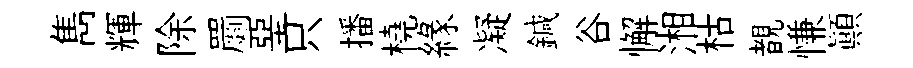
雋輝除罽堊只播橈緣凝鍼谷懈湘枯覩慊顛